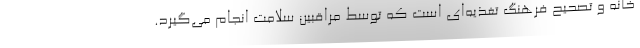
خانه و تصحیح فرهنگ تغذیه‌ای است که توسط مراقبین سلامت انجام می‌گیرد.